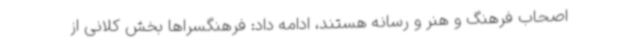
اصحاب فرهنگ و هنر و رسانه هستند، ادامه داد: فرهنگسراها بخش کلانی از